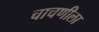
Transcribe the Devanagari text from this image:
चाचणीला